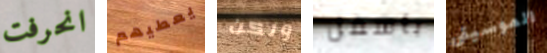
انحرفت يعطيهم ولكن بأسفل الموسيقى